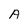
Character: A